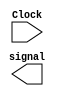
`timescale 1ns / 1ps
//////////////////////////////////////////////////////////////////////////////////
// Company: 
// Engineer: 
// 
// Design Name: 
// Module Name:    signal_gen 
// Project Name: 
// Target Devices: 
// Tool versions: 
// Description: 
//
// Dependencies: 
//
// Revision: 
// Revision 0.01 - File Created
// Additional Comments: 
//
//////////////////////////////////////////////////////////////////////////////////
module signal_gen(
    input Clock,
    output signal
    );


endmodule